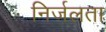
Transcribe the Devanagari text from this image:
निर्जलता